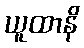
ယူထာနိ